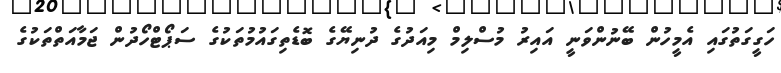
ހަގީގަތުގައި އެމީހުން ބޭނުންވަނީ އައިރު މުސްލިމް މިއަދުގެ ދުނިޔޭގެ ބޮޑެތިގައުމުތަކުގެ ސަޕޯޓްހޯދުން ޖަމާއަތްތަކުގެ